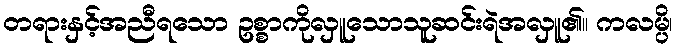
တရားနှင့်အညီရသော ဥစ္စာကိုလှူသောသူဆင်းရဲအလှူ၏။ ကလမ္ပိ၊